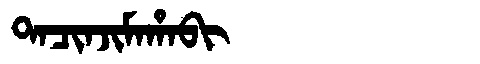
Manchu: ᡨᠠᠴᡳᠨᠵᡳᠮᠠᡥᠠᠪᡳ
Romanization: TACINJIMAHABI